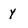
Character: y